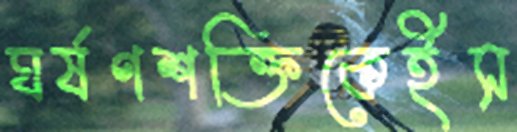
ঘর্ষণশক্তিকেইস